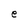
Character: e